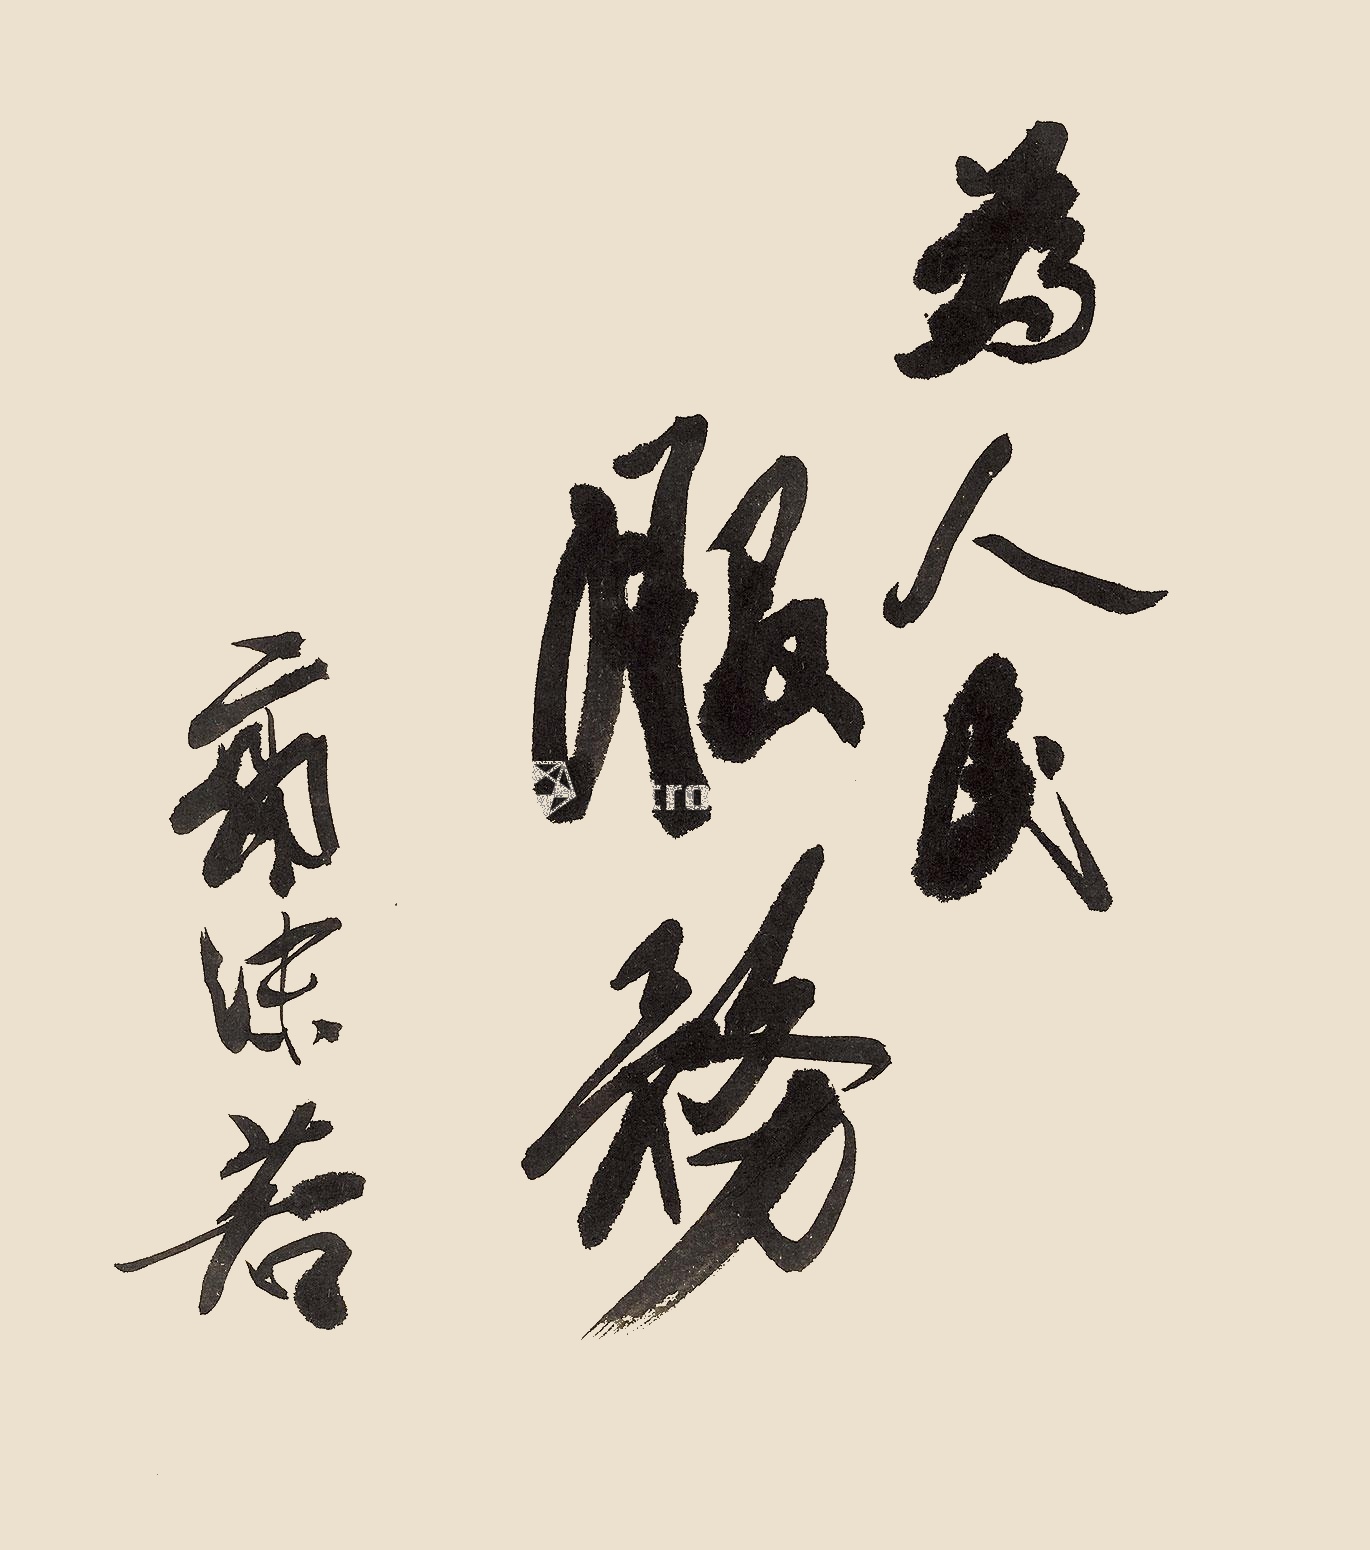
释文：为人民服务。郭沫若。